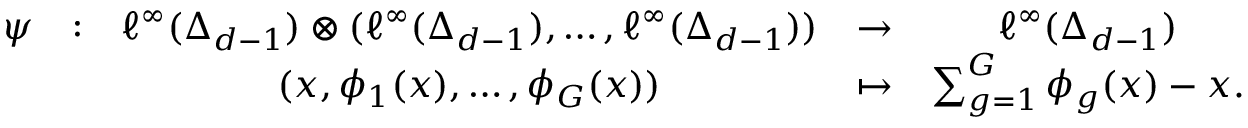
\begin{array} { c c c c c } { \psi } & { : } & { \ell ^ { \infty } ( \Delta _ { d - 1 } ) \otimes ( \ell ^ { \infty } ( \Delta _ { d - 1 } ) , \dots , \ell ^ { \infty } ( \Delta _ { d - 1 } ) ) } & { \to } & { \ell ^ { \infty } ( \Delta _ { d - 1 } ) } \\ & & { ( x , \phi _ { 1 } ( x ) , \dots , \phi _ { G } ( x ) ) } & { \mapsto } & { \sum _ { g = 1 } ^ { G } \phi _ { g } ( x ) - x . } \end{array}